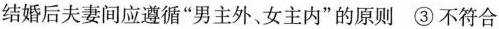
结婚后夫妻间应遵循”男主外、女主内”的原则 ③不符合